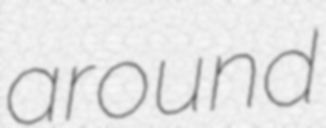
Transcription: around